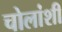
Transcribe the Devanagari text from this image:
चोलांशी